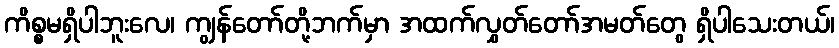
ကိစ္စမရှိပါဘူးလေ၊ ကျွန်တော်တို့ဘက်မှာ အထက်လွှတ်တော်အမတ်တွေ ရှိပါသေးတယ်၊